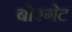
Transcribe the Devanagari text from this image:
बोरगेट